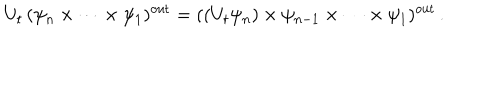
LaTeX: U _ { t } \, ( \psi _ { n } \times \cdots \times \psi _ { 1 } ) ^ { \mathrm { o u t } } = ( ( U _ { t } \psi _ { n } ) \times \psi _ { n - 1 } \times \cdots \times \psi _ { 1 } ) ^ { \mathrm { o u t } } \, .